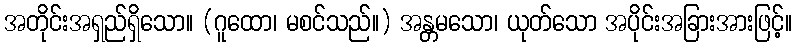
အတိုင်းအရှည်ရှိသော။ (ဂူထော၊ မစင်သည်။) အန္တမသော၊ ယုတ်သော အပိုင်းအခြားအားဖြင့်။